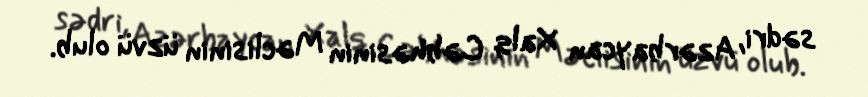
sədri, Azərbaycan Xalq Cəbhəsinin Məclisinin üzvü olub.